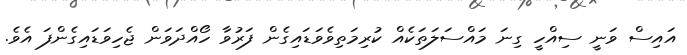
އައިސް ވަނީ ސިއްހީ ގިނަ މައްސަލަތަކެއް ކުރިމަތިވެވަޑައިގެން ފަރުވާ ހޯއްދަވަން ޖެހިވަޑައިގެންފަ އެވެ.